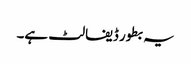
یہ بطور ڈیفالٹ ہے۔